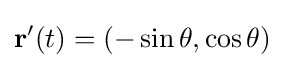
\mathbf {r} '(t)=(-\sin \theta ,\cos \theta )